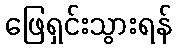
ဖြေရှင်းသွားရန်